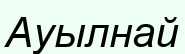
Ауылнай